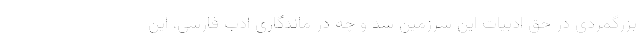
بزرگمردی در حق ادبیات این سرزمین شد و چه در ماندگاری ادب فارسی، این